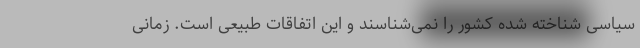
سیاسی شناخته شده کشور را نمی‌شناسند و این اتفاقات طبیعی است. زمانی